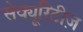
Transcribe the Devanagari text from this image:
सेक्यूरिटीज़